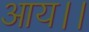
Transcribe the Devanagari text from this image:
आय।।